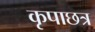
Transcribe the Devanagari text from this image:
कृपाछत्र